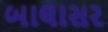
બાલાસર